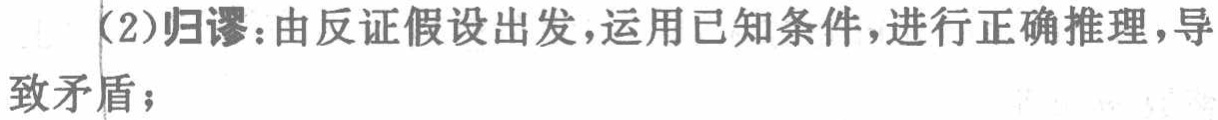
（2）归谬：由反证假设出发，运用已知条件，进行正确推理，导致矛盾；